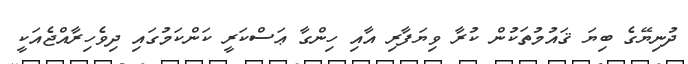
ދުނިޔޭގެ ބިޔަ ޤައުމުތަކުން ކުރާ ވިޔަފާރި އާއި ހިންގާ ޢަސްކަރީ ކަންކަމުގައި ދިވެހިރާއްޖެއަކީ